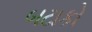
બટાકો